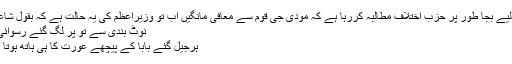
اس لیے بجا طور پر حزب اختلاف مطالبہ کررہا ہے کہ مودی جی قوم سے معافی مانگیں اب تو وزیراعظم کی یہ حالت ہے کہ بقول شاعر؎
نوٹ بندی سے تو پر لگ گئے رسوائی کو
ہرجیل گئے بابا کے پیچھے عورت کا ہی ہاتھ ہوتا ہے!